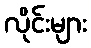
လိုင်းများ